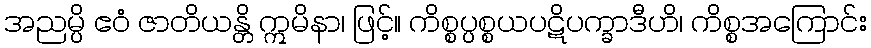
အညမ္ပိ ဧဝံ ဇာတိယန္တိ ဣမိနာ၊ ဖြင့်။ ကိစ္စပ္ပစ္စယပဋိပက္ခာဒီဟိ၊ ကိစ္စအကြောင်း